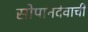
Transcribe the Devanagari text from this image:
सोपानदेवाची